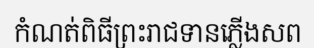
កំណត់ពិធីព្រះរាជទានភ្លើងសព